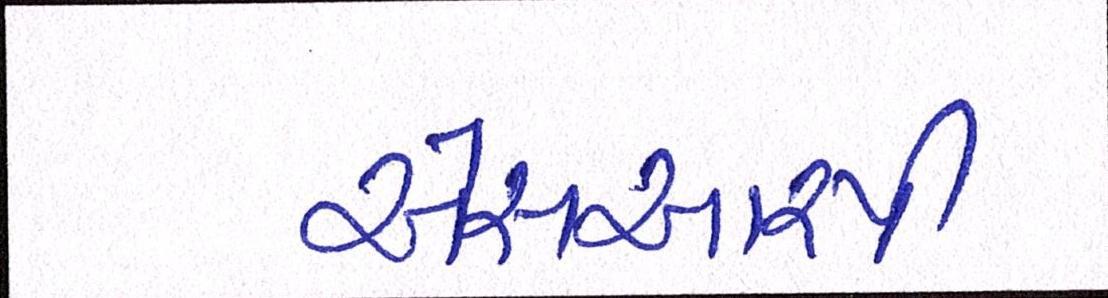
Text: એસઆરપી